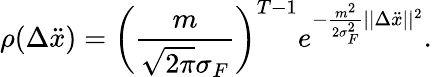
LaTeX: \rho(\Delta\ddot{x})=\bigg(\frac{m}{\sqrt{2\pi}\sigma_{F}}\bigg)^{T-1}e^{-\frac{m^{2}}{2\sigma_{F}^{2}}||\Delta\ddot{x}||^{2}}.